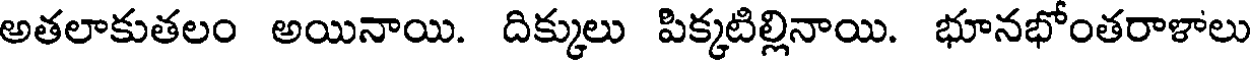
అతలాకుతలం అయినాయి. దిక్కులు పిక్కటిల్లినాయి. భూనభోంతరాళాలు